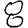
Digit: 8